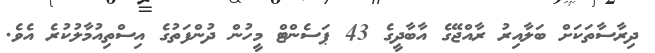
ދިރާސާތަކަށް ބަލާއިރު ރާއްޖޭގެ އާބާދީގެ 43 ޕަސެންޓް މީހުން ދުންފަތުގެ އިސްތިއުމާލުކުރެ އެވެ.